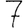
Digit: 7